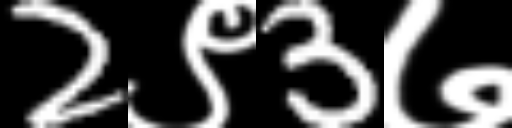
Text: 2९3७